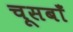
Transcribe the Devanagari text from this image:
चूसबाँ